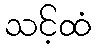
သင့်ထံ